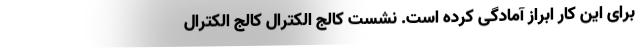
برای این کار ابراز آمادگی کرده است. نشست کالج الکترال کالج الکترال